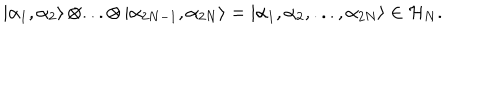
LaTeX: \left| \alpha _ { 1 } , \alpha _ { 2 } \right\rangle \otimes . . . \otimes \left| \alpha _ { 2 N - 1 } , \alpha _ { 2 N } \right\rangle = \left| \alpha _ { 1 } , \alpha _ { 2 } , . . . , \alpha _ { 2 N } \right\rangle \in { \cal H } _ { N } .